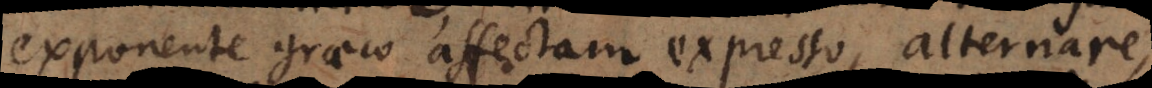
exponente graeco affectam expresso, alternare,